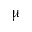
\upmu